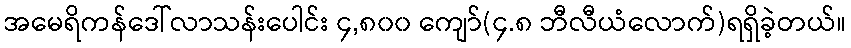
အမေရိကန်ဒေါ်လာသန်းပေါင်း ၄,၈၀၀ ကျော်(၄.၈ ဘီလီယံလောက်)ရရှိခဲ့တယ်။